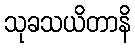
သုခသယိတာနိ